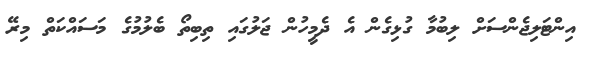
އިންޓަލިޖެންސަށް ލިބުމާ ގުޅިގެން އެ ދެމީހުން ޖަލުގައި ތިބިތޯ ބެލުމުގެ މަސައްކަތް މިރޭ